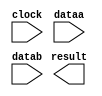
module mult12_8 (
	clock,
	dataa,
	datab,
	result);

	input	  clock;
	input	[11:0]  dataa;
	input	[7:0]  datab;
	output	[19:0]  result;

endmodule